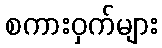
စကားဝှက်များ